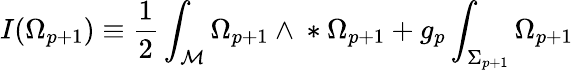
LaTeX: I(\Omega_{p+1})\equiv{}\frac{1}{2}\int_{\cal{M}}\Omega_{p+1}\wedge{}*\Omega_{p+1}{}+g_{p}\int_{\Sigma_{p+1}}\Omega_{p+1}